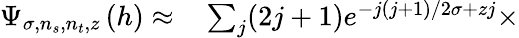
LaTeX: \begin{array}{rl}{\Psi_{\sigma,n_{s},n_{t},z}\left(h\right)\approx}&{{}\sum_{j}(2j+1)e^{-j(j+1)/2\sigma+zj}\times}\end{array}